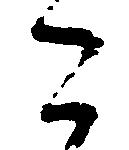
こ